Vaccination North-Western Provinces 1866-1877 - 1866-1877
Year: 1866
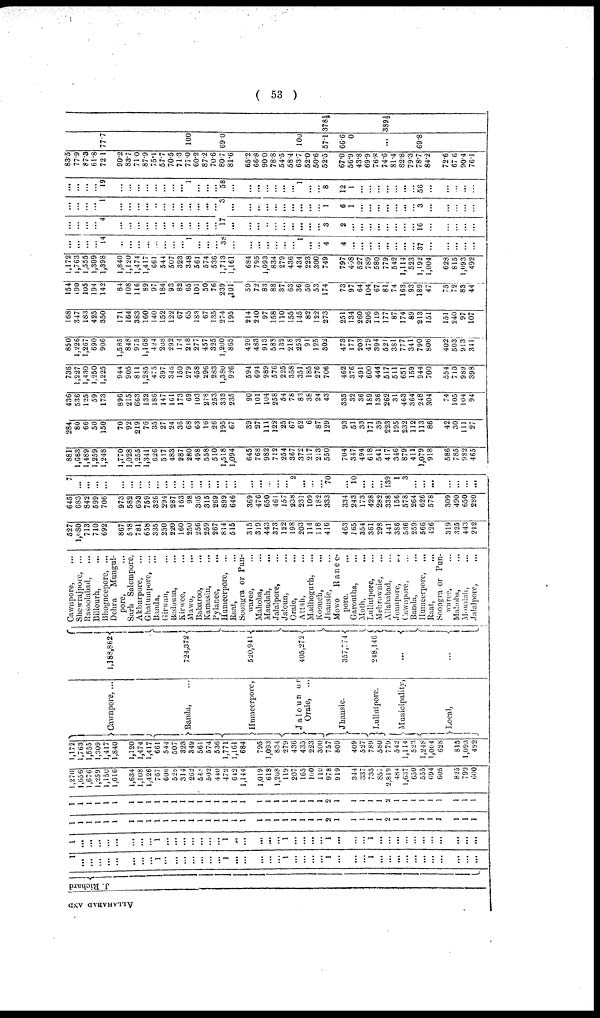
( 53 )
ALLAHABAD AND
J. Richard
1
...
...
...
...
...
...
...
...
1
...
...
...
...
...
...
...
1
...
...
...
...
...
1
...
...
...
...
1
...
...
...
1
...
...
...
...
...
...
...
...
...
...
...
1
...
...
...
...
...
...
...
...
1
...
...
...
...
...
...
...
1
...
...
...
...
...
1
...
...
...
...
1
...
...
...
1
...
...
...
...
...
...
...
...
...
...
...
1
1
1
1
1
1
1
1
1
1
1
1
1
1
1
1
1
1
1
1
1
1
1
1
1
1
1
1
2
1
1
1
1
1
2
1
1
1
1
1
1
1
1
1
1
1
1
1
1
1
1
1
1
1
1
1
1
1
1
1
1
1
1
1
1
1
1
1
1
1
1
1
2
1
1
1
1
1
2
1
1
1
1
1
1
1
1
1
1,270
1,66
1,676
1,259
1,150
1,616
1,634
1,108
1,426
767
606
528
314
262
548
502
440
472
642
1,144
1,019
618
1,208
119
207
165
100
110
978
919
344
337
735
857
2,819
484
1,637
650
555
694
605
825
799
600
1,172
1,763
1,555
1,309
1,417
1,840
1,120
1,474
1,417
661
544
507
323
349
561
574
536
1,771
1,161
684
795
1,093
834
279
436
435
223
300
757
809
409
527
789
580
779
542
1,114
523
1,248
1,004
628
815
1,093
492
Cawnpore, ...
Banda, ...
Humeerpore,
Jaloun or
Oraie,
...
Jhansie.
Lullutpore.
Municipality,
Local,
1,188,862
724,372
520,941
405,272
357,774
248,146
...
...
Cawnpore, ...
Shewrajpore, ...
Rasoolabad, ...
Billourh, ...
Bhogncepore, ...
Dehra
Mungul-
pore, ...
Sarh Salempore,
Akburpore, ...
Ghatumpore,
...
Banda, ...
Girwan, ...
Badousa, ...
Kirwee, ...
Mawo,
...
Babaroo, ...
Kamasin, ...
Pylanee, ...
Humeerpore, ...
Raat, ...
Soongra or Pun-
waree, ...
Mahoba, ...
Maudah,
...
Jalalpore, ...
Jaloun, ...
Oraie, ...
Attah, ...
Madhogurh, ...
Koonch, ...
Jhansie, ...
Mowo Ranee-
pore. ...
Garoutha, ...
Moth, ...
Lullutpore, ...
Mehrownie, ...
Allahabad, ...
Jounpore,
...
Cawnpore, ...
Banda, ...
Humeerpore, ...
Raat, ...
Soongra or Pun-
waree, ...
Mahoba, ...
Mowdah, ...
Jalalpore, ...
527
l,080
713
710
692
867
538
781
658
335
250
220
160
250
256
259
267
814
515
315
319
443
373
122
198
203
114
118
416
463
165
354
361
298
441
386
536
259
566
426
319
325
443
212
645
683
842
599
706
973
582
693
759
326
294
287
163
98
305
315
269
899
646
369
476
650
461
157
238
231
109
182
333
334
243
173
428
282
338
156
578
264
626
578
309
490
650
280
7
...
...
...
...
...
...
...
...
...
...
...
...
...
...
...
...
...
...
...
...
...
...
...
2
...
...
...
70
...
10
...
...
... 139
1
3
...
...
...
...
...
...
...
881
1,683
1,489
1,259
1,248
1,770
1,028
1,255
1,341
626
517
483
287
280
498
558
510
1,518
1,094
645
768
982
712
254
367
372
217
213
550
704
347
494
618
541
417
346
879
411
1,079
918
586
785
982
465
284
80
66
50
150
70
92
219
76
35
27
24
36
68
63
16
26
195
67
39
27
111
122
25
67
62
6
87
129
93
51
33
171
39
223
195
232
112
113
86
42
30
111
27
436
536
125
59
173
896
215
663
132
186
147
161
173
69
103
278
253
333
235
90
101
104
258
54
78
83
38
24
43
335
32
36
189
136
262
31
463
364
248
304
74
105
104
94
736
1,227
1,430
1.250
1,225
944
905
811
1,285
475
397
346
150
279
458
296
283
1,380
926
594
694
989
576
225
358
351
185
276
706
462
376
491
600
444
517
511
651
159
944
700
554
710
989
398
850
l,226
1,267
690
906
1,585
848
975
1,168
424
208
292
174
218
277
457
325
1,200
865
420
483
913
588
132
218
253
91
125
302
473
177
203
479
394
521
381
777
341
790
806
402
503
913
341
168
347
183
425
350
171
164
383
160
140
152
122
67
65
183
67
135
274
195
214
240
97
158
110
155
145
82
122
273
251
134
260
206
119
177
87
174
89
213
151
151
240
97
107
154
190
105
194
142
84
108
116
89
97
184
93
82
65
101
50
76
239
101
50
72
83
88
37
63
36
50
53
174
73
97
64
104
67
81
74
163
93
189
47
75
72
83
44
1,172
1,763
1,555
1,309
1,398
1,840
1,120
1,474
1,417
661
544
507
323
348
561
574
536
1,713
1,161
684
795
1,093
834
279
436
434
223
300
749
797
408
527
789
580
779
542
1,114
523
1,192
1,004
628
815
1,093
492
...
...
...
... 14
...
...
...
...
...
...
...
... 1
...
...
...
38
...
...
...
...
...
...
... 1
...
...
4
4
...
...
...
...
...
...
...
...
37
...
...
...
...
...
...
...
...
...
4
...
...
...
...
...
...
...
...
...
...
...
...
17
...
...
...
...
...
...
...
...
...
... 3
2
...
...
...
...
...
...
...
... 16
...
...
...
...
...
...
...
... 1
...
...
...
...
...
...
...
...
...
...
...
...
3
...
...
...
...
...
...
...
...
...
...
1
6
1
...
...
...
...
...
...
... 3
...
...
...
...
...
...
...
...
... 19
...
...
...
...
...
...
...
... 1
...
...
...
58
...
...
...
...
...
...
... 1
...
...
8
12
1
...
...
...
...
...
...
... 56
...
...
...
...
...
83.5
77.9
87.3
61.8
72.1
90.2
83.7
71.0
87.9
75.1
57.7
70.5
71.3
77.0
60.2
87.2
70.6
80.7
81.6
65.2
66.8
90.0
78.8
54.5
58.4
63.7
52.0
50.6
52.5
67.0
56.9
43.8
69.9
76.8
74.6
81.4
82.8
79.3
78.7
84.2
72.6
67.6
90.4
76.1
77.7
100
69.0
100
57.1
66.6
0
...
69.8
378½
389½